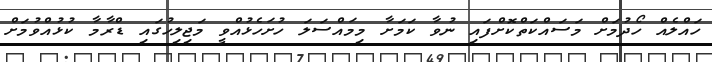
ހައްލެއް ހޯދުމަށް މަސައްކަތްކޮށްފައި ނުވާ ކަމަށާ މިމައްސަލަ ހުށަހެޅުއްވީ މަޖިލިހުގައި ޑްރާމާ ކުޅުއްވުމަށް